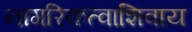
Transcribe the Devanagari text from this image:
नागरिकत्वाशिवाय